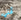
أنني